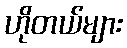
ဟိုတယ်များ